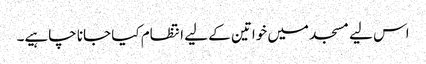
اس لیے مسجد میں خواتین کے لیے انتظام کیا جانا چاہیے۔